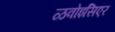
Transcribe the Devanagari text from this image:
ळवोइसिएर